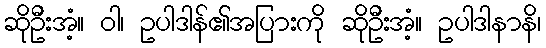
ဆိုဦးအံ့။ ဝါ၊ ဥပါဒါန်၏အပြားကို ဆိုဦးအံ့။ ဥပါဒါနာနိ၊